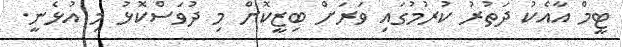
ޓީމް އާއެކު ދަތުރު ކުރުމުގައި ވަރަށް ބިޒީކޮށް މި ދުވަސްކޮޅު މި އުޅެނީ.